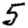
Digit: 5